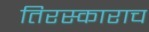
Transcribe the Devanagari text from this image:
तिरस्काराच